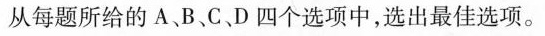
从每题所给的A、B、C、 D四个选项中,选出最佳选项。